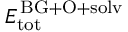
E _ { \mathrm { t o t } } ^ { \mathrm { \, B G + O + s o l v } }